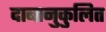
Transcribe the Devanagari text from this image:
दाबानुकुलित